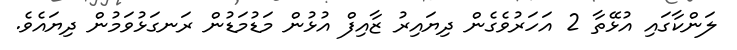
ލަންކާގައި އުޅޭތާ 2 އަހަރުވެގެން ދިޔައިރު ޒާއިފް އުޅުން މަޑުމަޑުން ރަނގަޅުވަމުން ދިޔައެވެ.